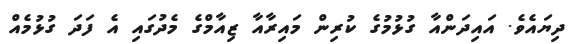
ދިޔައެވެ. އައިދަންއާ ގުޅުމުގެ ކުރިން މައިރާއާ ޒިއާމްގެ މެދުގައި އެ ފަދަ ގުޅުމެއް